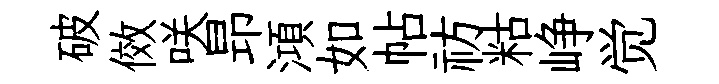
破傚咲昻澒如帖祊䊀峥觉